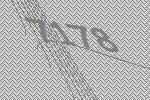
7178